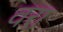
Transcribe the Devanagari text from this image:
वरा